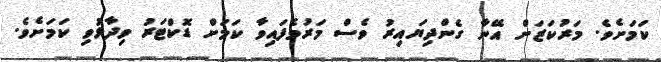
ކަމަށެވެ. މަރުކަޒަށް އޭނާ ގެންދިޔައިރު ވެސް މަރުވެފައިވާ ކަމަށް ޑޮކްޓަރު ވިދާޅުވި ކަމަށެވެ.